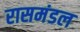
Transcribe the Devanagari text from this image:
रासमंडल